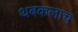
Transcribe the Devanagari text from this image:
थबकलाच